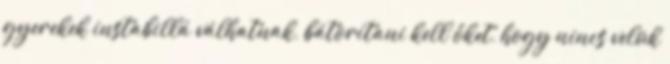
gyerekek instabillá válhatnak, bátorítani kell őket, hogy nincs velük